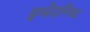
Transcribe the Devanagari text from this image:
इम्प्रेशनिस्ट